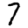
Digit: 7